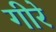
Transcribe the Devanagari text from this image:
गीरे